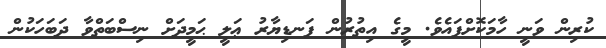
ކުރިން ވަނީ ހާމަކޮށްފައެވެ. މީގެ އިތުރުން ފަނޑިޔާރު ޢަލީ ޙަމީދަށް ނިސްބަތްވާ ދަބަހަކުން